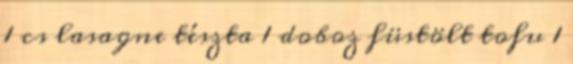
1 cs lasagne tészta 1 doboz füstölt tofu 1